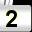
Digit: 2